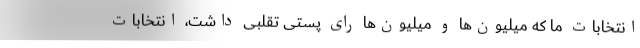
انتخابات ما که میلیون‌ها و میلیون‌ها رای پستی تقلبی داشت، انتخابات